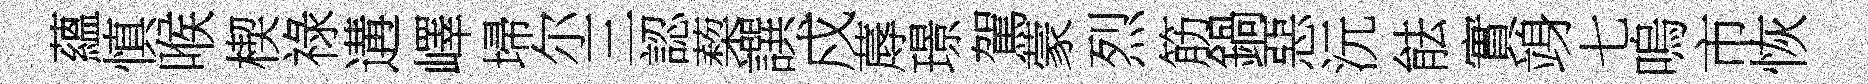
蘊慎喉楔祿遘嶧埽尔三認蔾譔戍蓐璟駕蒙烈筋鍋惡沅䏻實竧七嗚市恢